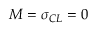
M = \sigma _ { C L } = 0